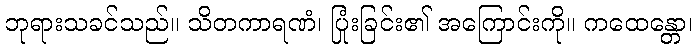
ဘုရားသခင်သည်။ သိတကာရဏံ၊ ပြုံးခြင်း၏ အကြောင်းကို။ ကထေန္တော၊